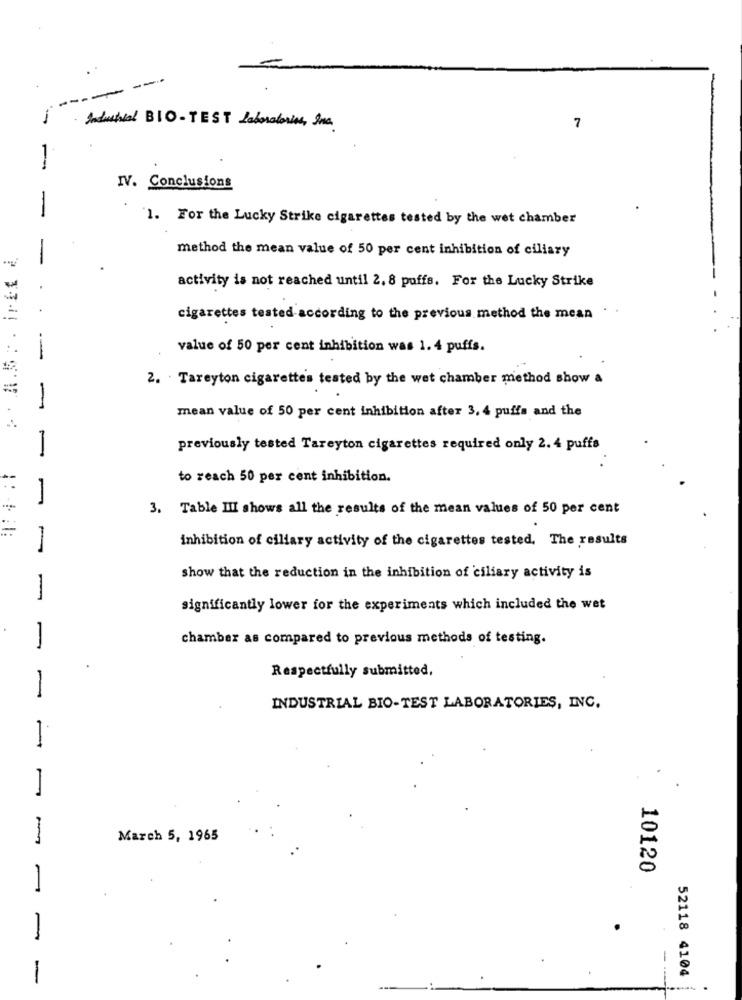
---
- Industrial BIO-TEST Laboratories, Ina.
7
1
IV. Conclusions
-
1. For the Lucky Strike cigarettes tested by the wet chamber
method the mean value of 50 per cent inhibition of ciliary
-
activity is not reached until 2, 8 puffs. For the Lucky Strike
cigarettes tested according to the previous method the mean
value of 50 per cent inhibition was 1. 4 puffs.
2. Tareyton cigarettes tested by the wet chamber method show a
=
.-- -
mean value of 50 per cent inhibition after 3, 4 puffa and the
previously tested Tareyton cigarettes required only 2. 4 puffs
-
*-
to reach 50 per cent inhibition.
..
-
3. Table III shows all the results of the mean values of 50 per cent
inhibition of ciliary activity of the cigarettes tested. The results
-
show that the reduction in the inhibition of ciliary activity is
-
significantly lower for the experiments which included the wet
chamber as compared to previous methods of testing.
-
Respectfully submitted,
-
INDUSTRIAL BIO-TEST LABORATORIES, INC.
-
.
-
March 5, 1965
N
10120
-
-
-
52118 4104